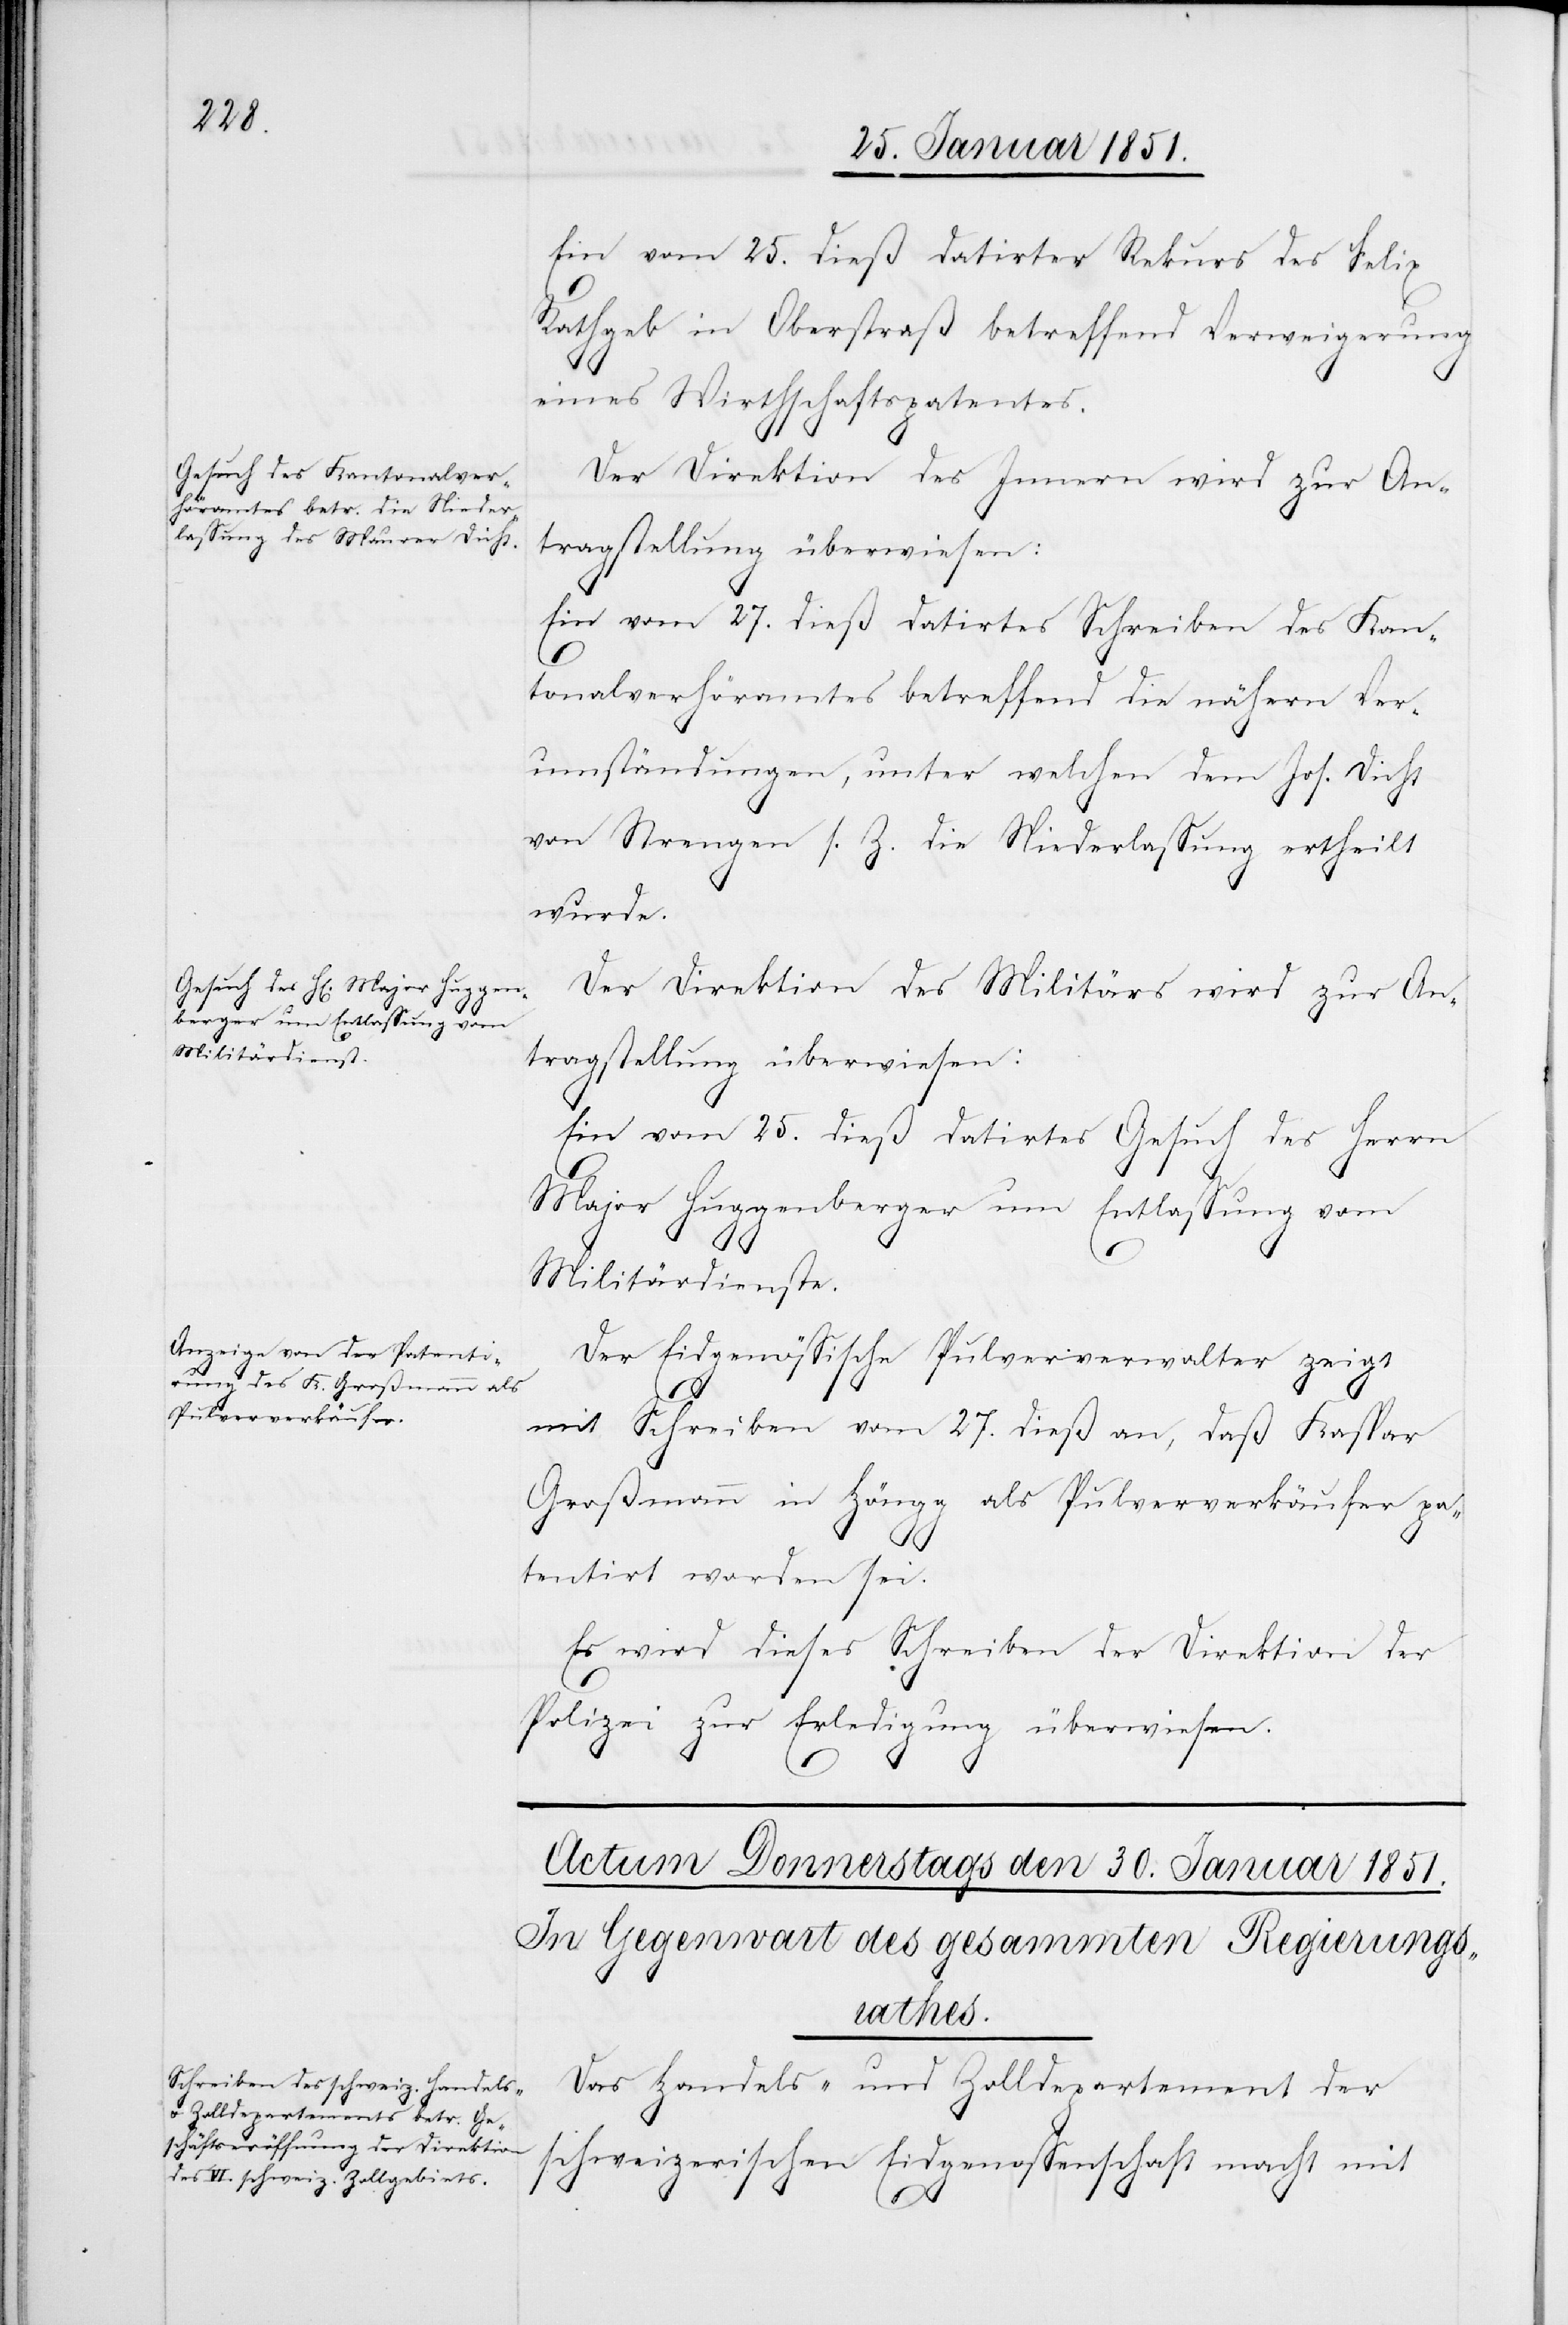
28.

Ein vom 25. dieß datirter Rekurs des Felix
Rathgeb in Oberstraß betreffend Verweigerung
eines Wirthschaftspatentes.
Der Direktion des Innern wird zur An¬
tragstellung überwiesen:
Ein vom 27. dieß datirtes Schreiben des Kan¬
den
tonalverhöramtes betreffend die nähern Ver¬
umständungen, unter welchen dem Jos. Dicht
von Strengen s. Z. die Niederlassung ertheilt
wurde.
Der Direktion des Militärs wird zur An¬
tragstellung überwiesen:
Ein vom 25. dieß datirtes Gesuch des Herrn
Major Huggenberger um Entlassung vom
Militärdienste.
Der Eidgenössische Pulververwalter zeigt
mit Schreiben vom 27. dieß an, daß Kaspar
Großmann in Höngg als Pulververkäufer pa¬
tentirt worden sei.
Es wird dieses Schreiben der Direktion der
Polizei zur Erledigung überwiesen.
Das Handels- und Zolldepartement der
schweizerischen Eidgenossenschaft macht mit